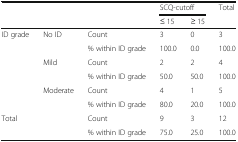
| <ROWSPAN=2-COLSPAN=3>  | <COLSPAN=2> SCQ-cutoff | <ROWSPAN=2> Total |
 | ≤ 15 | ≥ 15 |
 | --- | --- | --- | --- | --- | --- |
 | <ROWSPAN=6> ID grade | <ROWSPAN=2> No ID | Count | 3 | 0 | 3 |
 | % within ID grade | 100.0 | 0.0 | 100.0 |
 | <ROWSPAN=2> Mild | Count | 2 | 2 | 4 |
 | % within ID grade | 50.0 | 50.0 | 100.0 |
 | <ROWSPAN=2> Moderate | Count | 4 | 1 | 5 |
 | % within ID grade | 80.0 | 20.0 | 100.0 |
 | <ROWSPAN=2-COLSPAN=2> Total | Count | 9 | 3 | 12 |
 | % within ID grade | 75.0 | 25.0 | 100.0 |